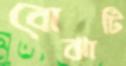
বোঝাটি